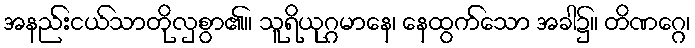
အနည်းငယ်သာတိုလှစွာ၏။ သူရိယုဂ္ဂမာနေ၊ နေထွက်သော အခါ၌။ တိဏဂ္ဂေ၊